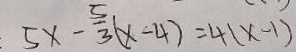
5 x - \frac { 5 } { 3 } ( x - 4 ) = 4 ( x - 1 )